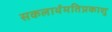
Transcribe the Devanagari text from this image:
सकलार्थमतिप्रकाशु